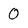
Character: O